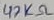
Text: 47KΩ